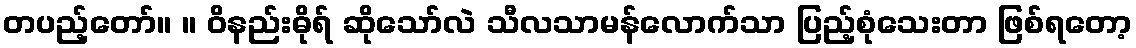
တပည့်တော်။ ။ ဝိနည်းဓိုရ် ဆိုသော်လဲ သီလသာမန်လောက်သာ ပြည့်စုံသေးတာ ဖြစ်ရတော့